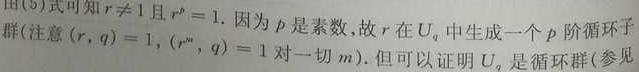
由(5)式可知$r\neq 1$且$r^{p}=1$. 因为$p$是素数,故$r$在$U_{q}$中生成一个$p$阶循环子群(注意$(r,q)=1$,$(r^{m},q)=1$对一切$m$). 但可以证明$U_{q}$是循环群(参见[